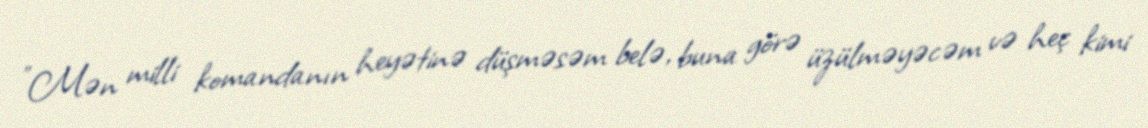
”Mən milli komandanın heyətinə düşməsəm belə, buna görə üzülməyəcəm və heç kimi